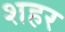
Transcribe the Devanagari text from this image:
शहर